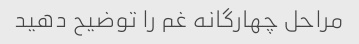
مراحل چهارگانه غم را توضیح دهید